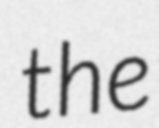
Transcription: the